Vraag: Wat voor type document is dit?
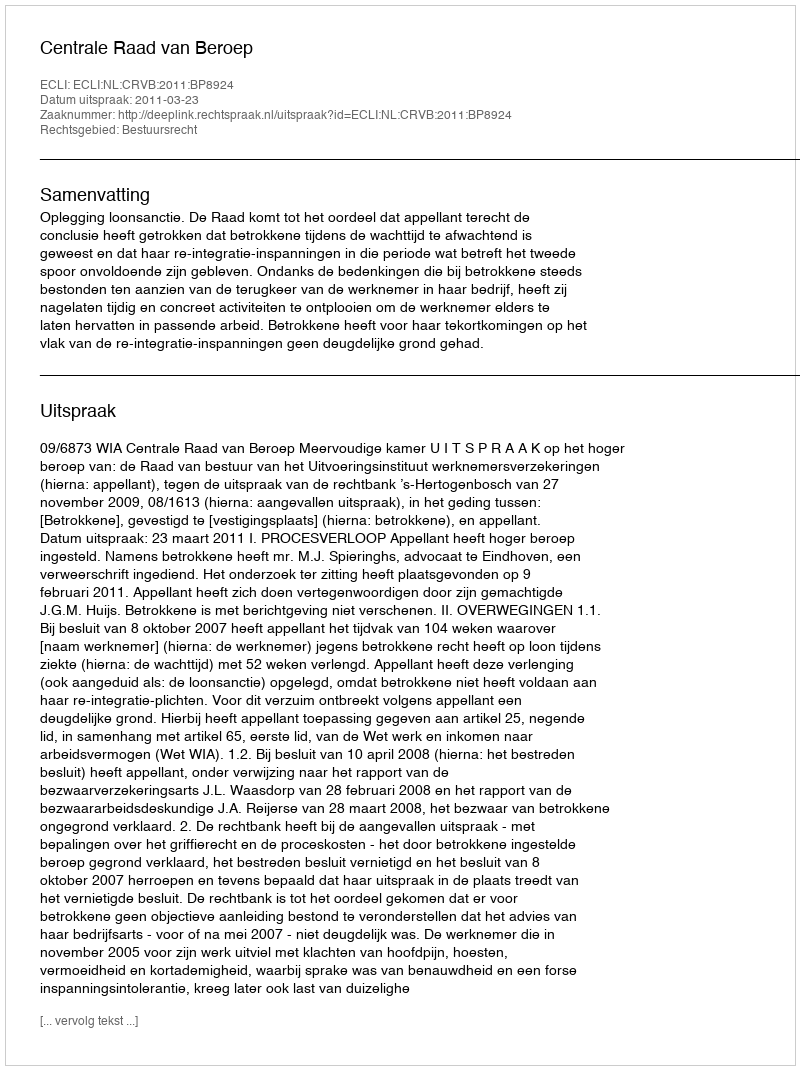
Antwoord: Uitspraak